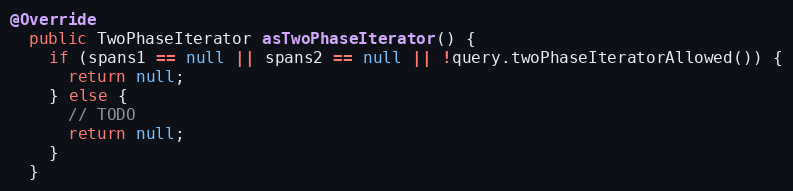
Language: Java
@Override
  public TwoPhaseIterator asTwoPhaseIterator() {
    if (spans1 == null || spans2 == null || !query.twoPhaseIteratorAllowed()) {
      return null;
    } else {
      // TODO
      return null;
    }
  }